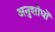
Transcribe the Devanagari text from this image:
अनुशोधों